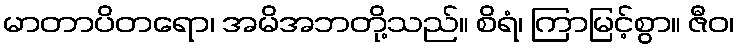
မာတာပိတရော၊ အမိအဘတို့သည်။ စိရံ၊ ကြာမြင့်စွာ။ ဇီဝ၊